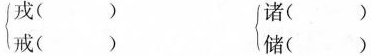
\left \{戎( ) 诸( )\戒( ) 储( )